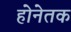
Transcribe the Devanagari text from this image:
होनेतक